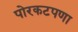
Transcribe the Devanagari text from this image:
पोरकटपणा